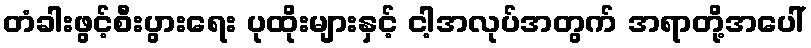
တံခါးဖွင့်စီးပွားရေး ပုထိုးများနှင့် ငါ့အလုပ်အတွက် အရာတို့အပေါ်